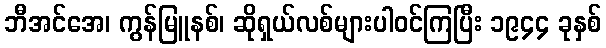
ဘီအင်အေ၊ ကွန်မြူနစ်၊ ဆိုရှယ်လစ်များပါဝင်ကြပြီး ၁၉၄၄ ခုနှစ်